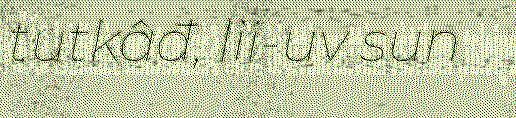
tutkâđ, lii-uv sun